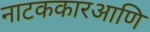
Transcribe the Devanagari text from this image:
नाटककारआणि